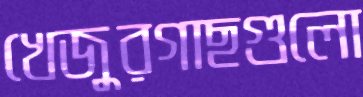
খেজুরগাছগুলো